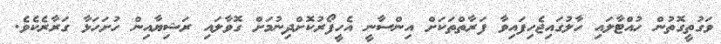
ވަގުތީގޮތުން ހުއްޓާލައި ހާލުގައިޖެހިފައިވާ ފަރާތްތަކަށް އިންސާނީ އެހީފޯރުކޮށްދިނުމަށް ގޮވާލައި ރަޝިޔާއިން ހުށަހަޅާ ގަރާރެކެވެ.